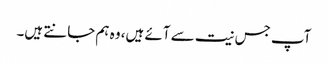
آپ جس نیت سے آئے ہیں، وہ ہم جانتے ہیں۔